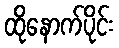
ထိုနောက်ပိုင်း